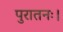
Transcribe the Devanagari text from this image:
पुरातनः।